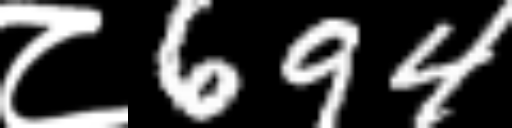
Text: ८694